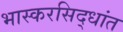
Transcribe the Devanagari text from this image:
भास्करसिद्धांत